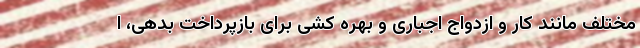
مختلف مانند کار و ازدواج اجباری و بهره کشی برای بازپرداخت بدهی، ا